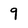
Character: 9